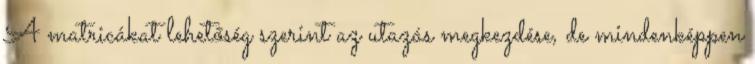
A matricákat lehetőség szerint az utazás megkezdése, de mindenképpen